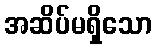
အဆိပ်မရှိသော